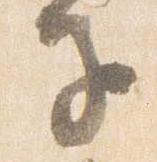
子